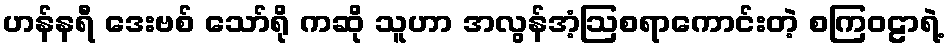
ဟန်နရီ ဒေးဗစ် သော်ရို ကဆို သူဟာ အလွန်အံ့ဩစရာကောင်းတဲ့ စကြဝဠာရဲ့